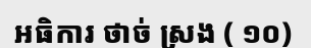
អធិការ ថាច់ ស្រង ( ១០)